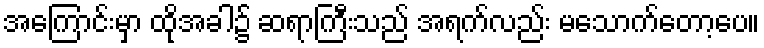
အကြောင်းမှာ ထိုအခါ၌ ဆရာကြီးသည် အရက်လည်း မသောက်တော့ပေ။